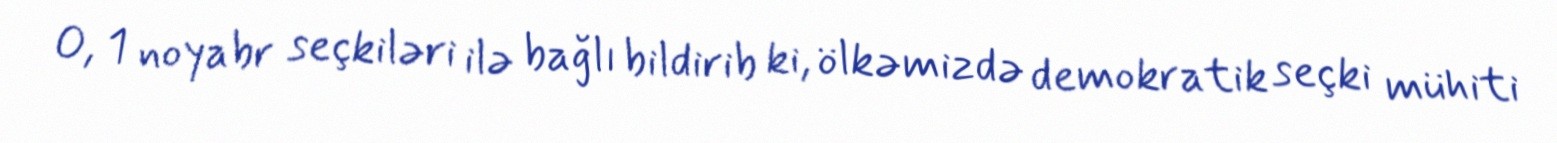
O, 1 noyabr seçkiləri ilə bağlı bildirib ki, ölkəmizdə demokratik seçki mühiti